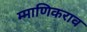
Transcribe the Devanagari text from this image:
म्माणिकराव